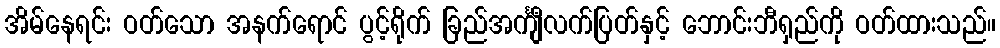
အိမ်နေရင်း ဝတ်သော အနက်ရောင် ပွင့်ရိုက် ခြည်အင်္ကျီလက်ပြတ်နှင့် ဘောင်းဘီရှည်ကို ဝတ်ထားသည်။